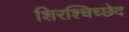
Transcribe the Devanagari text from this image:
शिरश्चिच्छेद